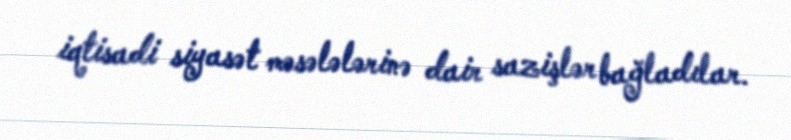
iqtisadi siyasət məsələlərinə dair sazişlər bağladılar.